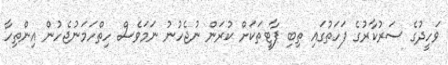
ވަހީދުގެ ސަރުކާރުގެ ފަހަތުގައި ތިބި ޕާޓީތަކަށް ކުރަން ނުޖެހުނު ނަމަވެސް ހިތްހަމަނުޖެހުން އިންތިހާ